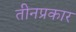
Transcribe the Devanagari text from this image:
तीनप्रकार